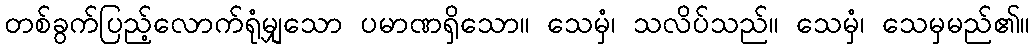
တစ်ခွက်ပြည့်လောက်ရုံမျှသော ပမာဏရှိသော။ သေမှံ၊ သလိပ်သည်။ သေမှံ၊ သေမှမည်၏။